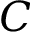
C